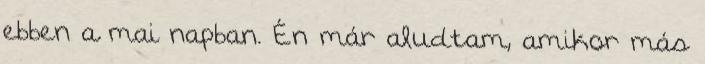
ebben a mai napban. Én már aludtam, amikor más